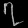
Digit: ၇